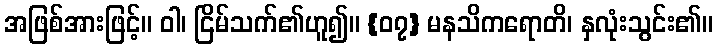
အဖြစ်အားဖြင့်။ ဝါ၊ ငြိမ်သက်၏ဟူ၍။ {၀၇} မနသိကရောတိ၊ နှလုံးသွင်း၏။